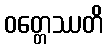
ဝတ္တေဿတိ